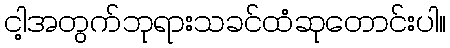
ငါ့အတွက်ဘုရားသခင်ထံဆုတောင်းပါ။